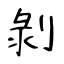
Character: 剝